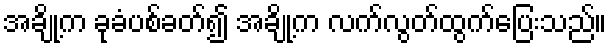
အချို့က ခုခံပစ်ခတ်၍ အချို့က လက်လွတ်ထွက်ပြေးသည်။